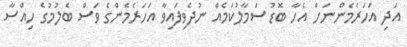
އަދި އަހަރެމެންނަށް އެހާ ބޮޑު ސަމާލުކަމެއް ނުދެވިފައިވާ އަހަރެމެންގެ ވަސް ބެލުމުގެ ހިއްސާ